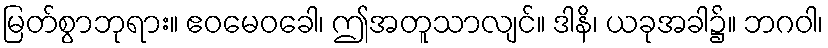
မြတ်စွာဘုရား။ ဧဝမေဝခေါ၊ ဤအတူသာလျင်။ ဒါနိ၊ ယခုအခါ၌။ ဘဂဝါ၊